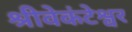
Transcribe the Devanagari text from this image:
श्रीवेकंटेश्वर